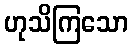
ဟုသိကြသော